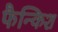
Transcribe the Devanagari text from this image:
फैन्किश